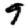
Digit: 9